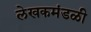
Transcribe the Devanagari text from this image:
लेखकमंडळी